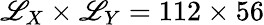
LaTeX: \mathscr{L}_{X}\times\mathscr{L}_{Y}=112\times56